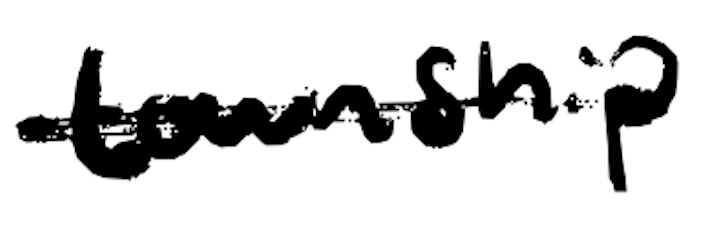
Text: township
Cross-out: single-line
Writing tool: digital_black